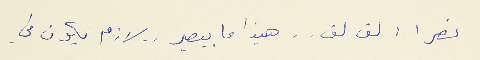
نصرا : لق لق . . هيذا ما بيصير . . لازم يكون في